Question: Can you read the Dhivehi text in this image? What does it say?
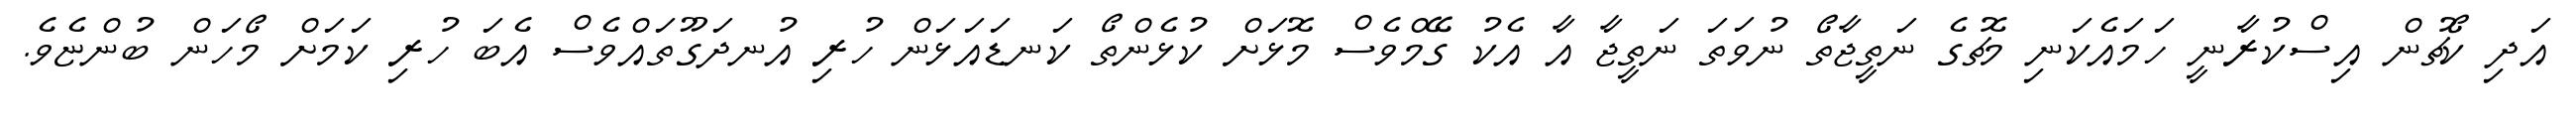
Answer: އަދި ކޯޗުން އިސްކުރާނީ ހަމައެކަނި މެޗުގެ ނަތީޖާތޯ ނުވަތަ ނަތީޖާ އާ އެކު ގޭމްވެސް މޮޅަށް ކުޅެންތޯ ކަނޑައަޅަން ހުރި އުނދަގޫތައްވެސް އެބަ ހުރި ކަމަށް މޯހަން ބުންޏެވެ.